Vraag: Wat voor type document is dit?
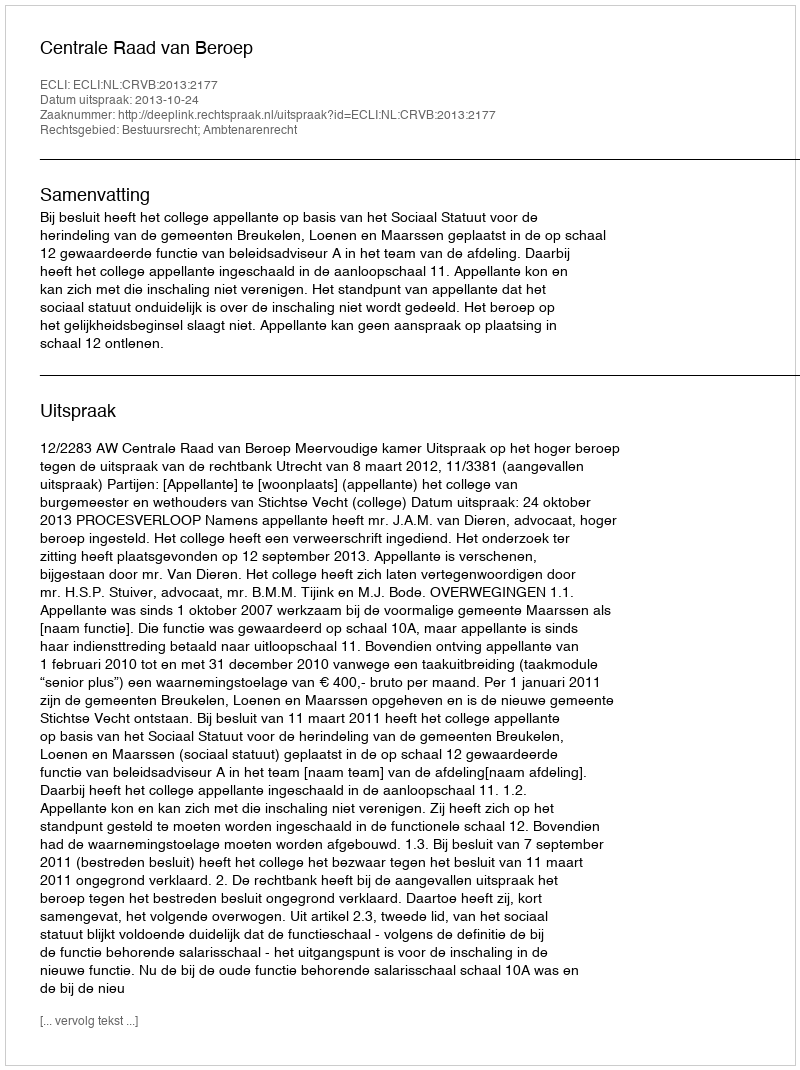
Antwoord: Uitspraak